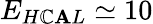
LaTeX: E_{H\mathbb{C}\mathbf{A}L}\simeq10